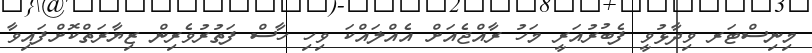
މިނިސްޓަރ ވިދާޅުވީ ފެބުރުއަރީ މަހު ރާއްޖެއަށް އެއްލައްކަ ވިހި ހާސް ފަތުރުވެރިން ޒިޔާރަތްކޮށްފައިވާ